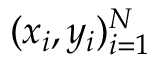
( x _ { i } , y _ { i } ) _ { i = 1 } ^ { N }